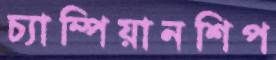
চ্যাম্পিয়ানশিপ